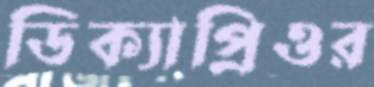
ডিক্যাপ্রিওর